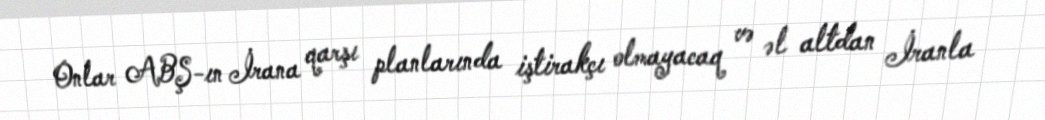
Onlar ABŞ-ın İrana qarşı planlarında iştirakçı olmayacaq və əl altdan İranla